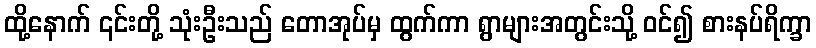
ထို့နောက် ၎င်းတို့ သုံးဦးသည် တောအုပ်မှ ထွက်ကာ ရွာများအတွင်းသို့ ဝင်၍ စားနပ်ရိက္ခာ